Civil Veterinary Department. Central Provinces & Berar 1932-41 - 1932-1941
Year: 1932
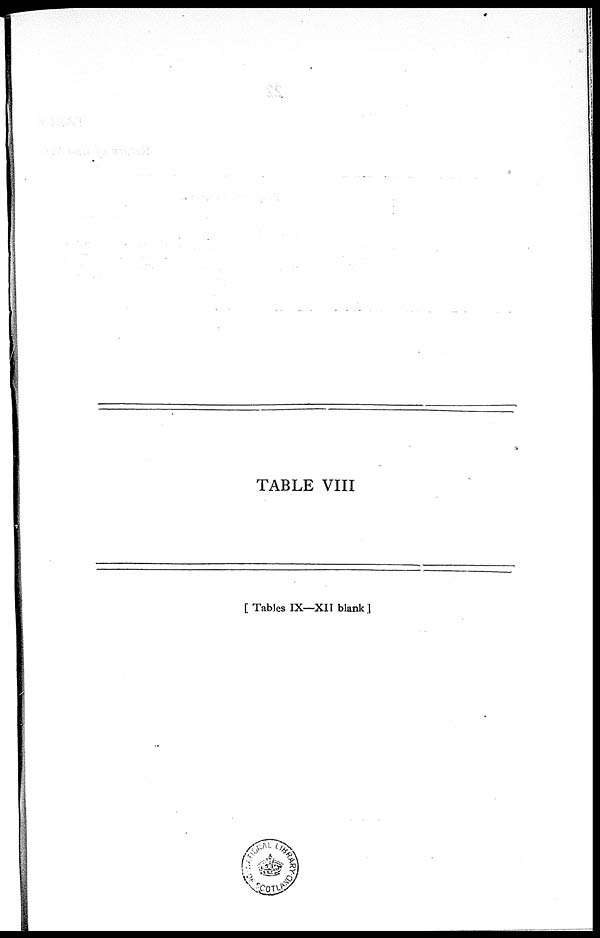
TABLE VIII
[Tables IX—XII blank]